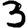
Digit: 3